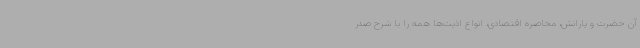
آن حضرت و یارانش، محاصره اقتصادی، انواع اذیت‌ها همه را با شرح صدر